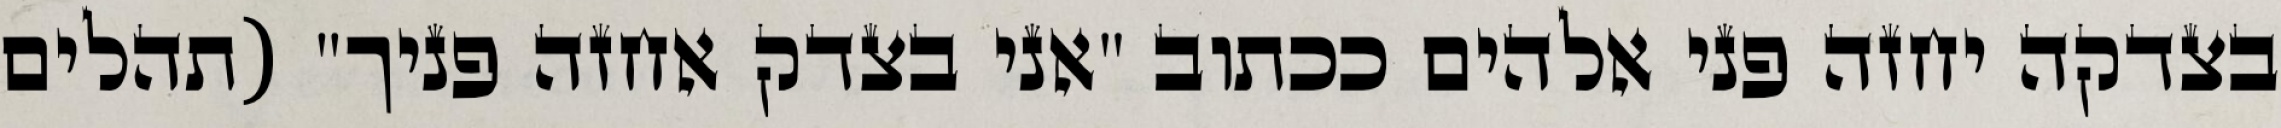
בצדקה יחזה פני אלהים ככתוב "אני בצדק אחזה פניך" (תהלים